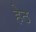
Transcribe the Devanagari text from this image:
हेठ